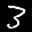
Label: 3